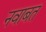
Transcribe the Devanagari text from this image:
नवाबत